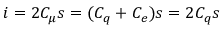
i = 2 C _ { \mu } s = ( C _ { q } + C _ { e } ) s = 2 C _ { q } s